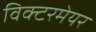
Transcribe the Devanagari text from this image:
विक्टरमेयर